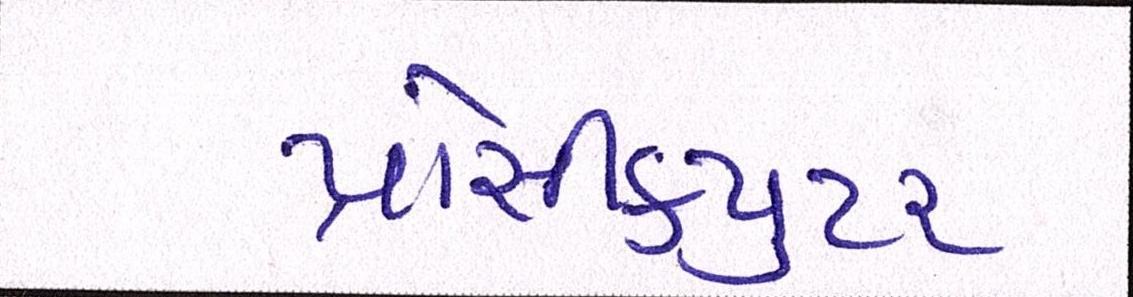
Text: પ્રોસીકયુટર